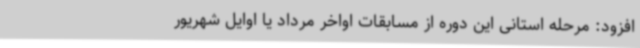
افزود: مرحله استانی این دوره از مسابقات اواخر مرداد یا اوایل شهریور